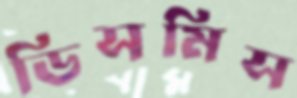
ডিসমিস